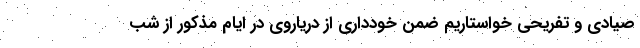
صیادی و تفریحی خواستاریم ضمن خودداری از دریاروی در ایام مذکور از شب